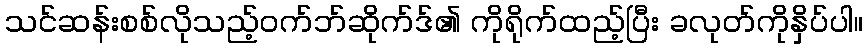
သင်ဆန်းစစ်လိုသည့်ဝက်ဘ်ဆိုက်ဒ်၏ ကိုရိုက်ထည့်ပြီး ခလုတ်ကိုနှိပ်ပါ။